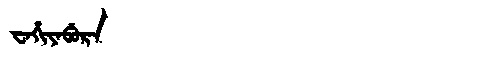
Manchu: ᠸᠠᡥᡳᠶᠠᠪᡠᡵᠠ
Romanization: WAHIYABURA